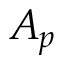
A _ { p }